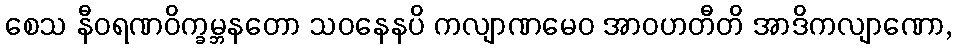
စေသ နီဝရဏဝိက္ခမ္ဘနတော သဝနေနပိ ကလျာဏမေဝ အာဝဟတီတိ အာဒိကလျာဏော,